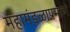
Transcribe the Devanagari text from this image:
महामंडळाप्रमाणे